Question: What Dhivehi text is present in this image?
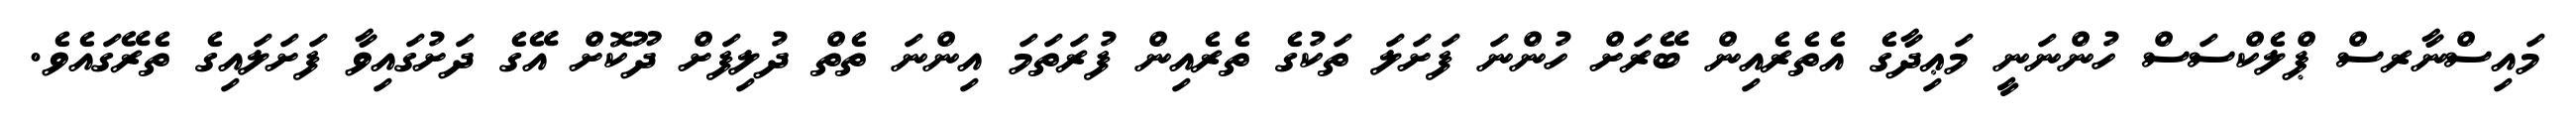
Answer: މައިސްނާރސް ޕްލެކްސަސް ހުންނަނީ މަޢިދާގެ އެތެރެއިން ބޭރަށް ހުންނަ ފަށަލަ ތަކުގެ ތެރެއިން ފުރަތަމަ އިންނަ ތެތް ދުލިފަށް ދޫކޮށް އޭގެ ދަށުގައިވާ ފަށަލައިގެ ތެރޭގައެވެ.